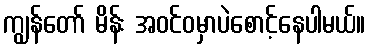
ကျွန်တော် မိန်း အဝင်ဝမှာပဲစောင့်နေပါမယ်။